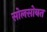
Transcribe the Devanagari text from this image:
सोलसोबत